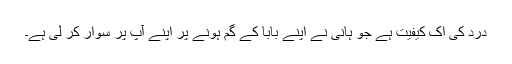
درد کی اک کیفیت ہے جو ہانی نے اپنے بابا کے گم ہونے پر اپنے آپ پر سوار کر لی ہے۔